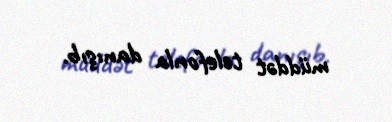
müddət telefonla danışıb.